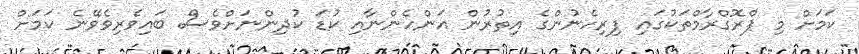
ކަމަށް މި ޕްރޮގްރާމްތަކުގައި ފިރިހެނުންގެ އިތުރުން އަންހެންނާއި ކުޑަ ކުދިންނަށްވެސް ބައިވެރިވެވޭނެ ކަމަށް